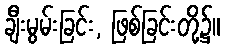
ချီးမွမ်းခြင်း, ဖြစ်ခြင်းတို့၌။